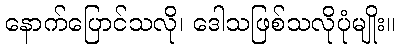
နောက်ပြောင်သလို၊ ဒေါသဖြစ်သလိုပုံမျိုး။